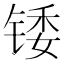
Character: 𬭗